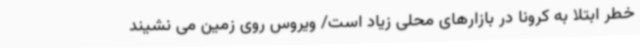
خطر ابتلا به کرونا در بازارهای محلی زیاد است/ ویروس روی زمین می نشیند